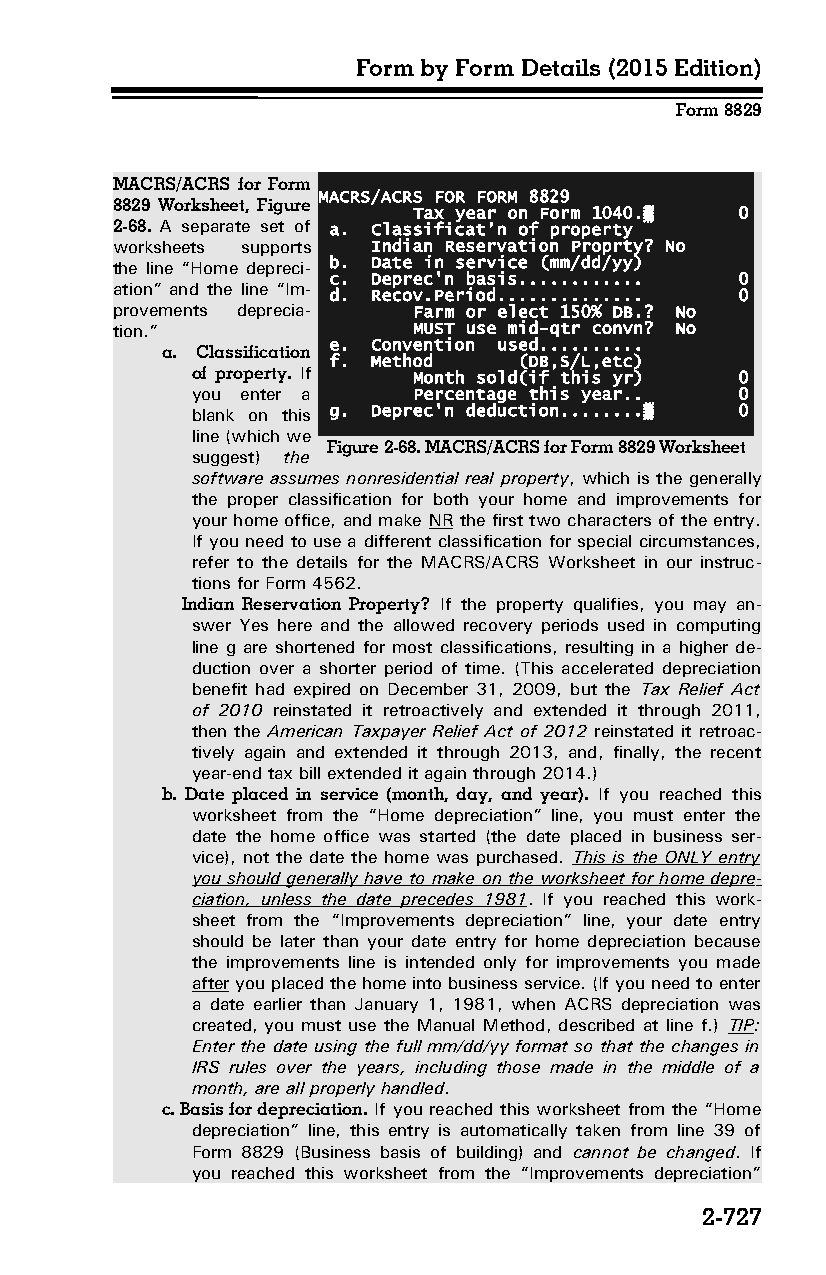
Form by Form Details (2015 Edition)
 Form 8829
 MACRS/ACRS for Form
 MACRS/ACRS FOR FORM 8829
 8829 Worksheet, Figure
 Tax year on Form 1040.▒ 0
 2-68. A separate set of a. Classificat’n of property
 worksheets supports Indian Reservation Proprty? No
 the line “Home depreci­ b. Date in service (mm/dd/yy)
 c. Deprec'n basis............ 0
 ation” and the line “Im­
 d. Recov.Period.............. 0
 provements deprecia­ Farm or elect 150% DB.? No
 tion.”              MUST use mid-qtr convn? No
 e. Convention used..........
 a. Classification
 f. Method   (DB,S/L,etc)
 of property. If Month sold(if this yr) 0
 you enter a   Percentage this year.. 0
 blank on this g. Deprec'n deduction........▒ 0
 line (which we
 Figure 2-68. MACRS/ACRS for Form 8829 Worksheet
 suggest) the
 software assumes nonresidential real property, which is the generally
 the proper classification for both your home and improvements for
 your home office, and make NR the first two characters of the entry.
 If you need to use a different classification for special circumstances,
 refer to the details for the MACRS/ACRS Worksheet in our instruc­
 tions for Form 4562.
 Indian Reservation Property? If the property qualifies, you may an­
 swer Yes here and the allowed recovery periods used in computing
 line g are shortened for most classifications, resulting in a higher de­
 duction over a shorter period of time. (This accelerated depreciation
 benefit had expired on December 31, 2009, but the Tax Relief Act
 of 2010 reinstated it retroactively and extended it through 2011,
 then the American Taxpayer Relief Act of 2012 reinstated it retroac­
 tively again and extended it through 2013, and, finally, the recent
 year-end tax bill extended it again through 2014.)
 b. Date placed in service (month, day, and year). If you reached this
 worksheet from the “Home depreciation” line, you must enter the
 date the home office was started (the date placed in business ser­
 vice), not the date the home was purchased. This is the ONLY entry
 you should generally have to make on the worksheet for home depre­
 ciation, unless the date precedes 1981. If you reached this work­
 sheet from the “Improvements depreciation” line, your date entry
 should be later than your date entry for home depreciation because
 the improvements line is intended only for improvements you made
 after you placed the home into business service. (If you need to enter
 a date earlier than January 1, 1981, when ACRS depreciation was
 created, you must use the Manual Method, described at line f.) TIP:
 Enter the date using the full mm/dd/yy format so that the changes in
 IRS rules over the years, including those made in the middle of a
 month, are all properly handled.
 c. Basis for depreciation. If you reached this worksheet from the “Home
 depreciation” line, this entry is automatically taken from line 39 of
 Form 8829 (Business basis of building) and cannot be changed. If
 you reached this worksheet from the “Improvements depreciation”
 2-727